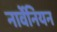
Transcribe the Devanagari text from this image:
नार्वेनियन